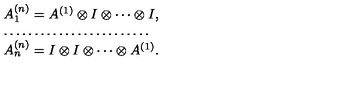
\begin{array} { l } { A _ { 1 } ^ { ( n ) } = A ^ { ( 1 ) } \otimes I \otimes \cdots \otimes I , } \\ { \ldots \ldots \ldots \ldots \ldots \ldots \ldots \ldots } \\ { A _ { n } ^ { ( n ) } = I \otimes I \otimes \cdots \otimes A ^ { ( 1 ) } . } \\ \end{array}